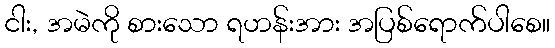
ငါး, အမဲကို စားသော ရဟန်းအား အပြစ်ရောက်ပါစေ။